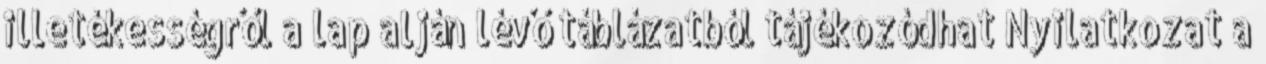
illetékességről a lap alján lévő táblázatból tájékozódhat Nyilatkozat a